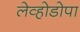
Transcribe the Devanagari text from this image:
लेव्होडोपा